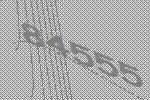
84555